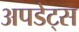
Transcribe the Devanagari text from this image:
अपडेट्स